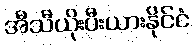
အီသီယိုးပီးယားနိုင်ငံ